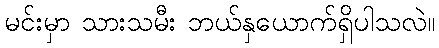
မင်းမှာ သားသမီး ဘယ်နှယောက်ရှိပါသလဲ။